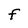
Character: F